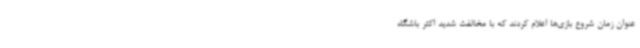
عنوان زمان شروع بازی‌ها اعلام کردند که با مخالفت شدید اکثر باشگاه